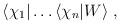
LaTeX: \begin{align*}\langle\chi_{1}|\ldots\langle\chi_{n}|W\rangle\;,\end{align*}